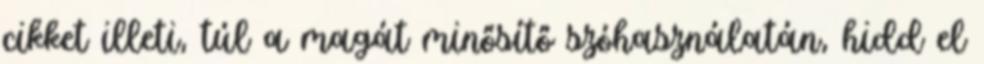
cikket illeti, túl a magát minősítő szóhasználatán, hidd el